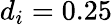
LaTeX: d_{i}=0.25